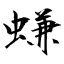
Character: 螊